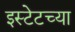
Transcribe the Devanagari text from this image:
इस्टेटच्या